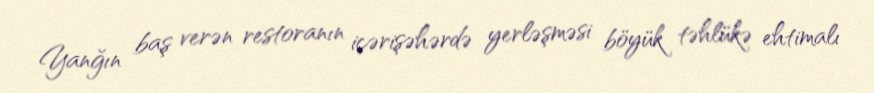
Yanğın baş verən restoranın içərişəhərdə yerləşməsi böyük təhlükə ehtimalı